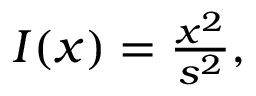
\begin{array} { r } { I ( x ) = \frac { x ^ { 2 } } { s ^ { 2 } } , } \end{array}